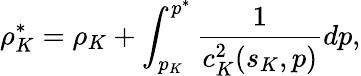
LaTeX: \rho_{K}^{*}=\rho_{K}+\int_{p_{K}}^{p^{*}}\frac{1}{c_{K}^{2}(s_{K},p)}dp,